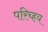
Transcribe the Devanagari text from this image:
परिच्हय